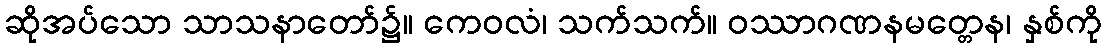
ဆိုအပ်သော သာသနာတော်၌။ ကေဝလံ၊ သက်သက်။ ဝဿာဂဏနမတ္တေန၊ နှစ်ကို